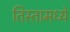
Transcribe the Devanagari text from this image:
तिस्तामध्ये